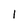
Character: l